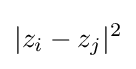
|z_{i}-z_{j}|^{2}